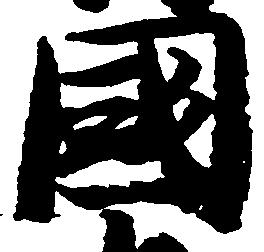
国